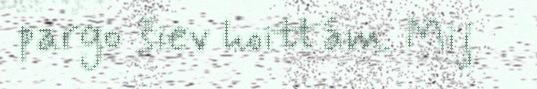
pargo šiev hoittám. Mij